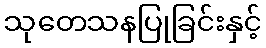
သုတေသနပြုခြင်းနှင့်